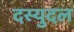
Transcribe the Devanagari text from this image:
दस्युदल